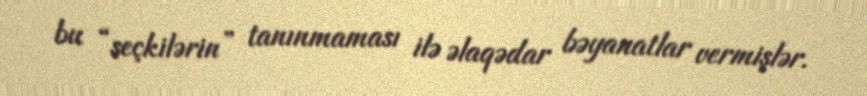
bu “seçkilərin” tanınmaması ilə əlaqədar bəyanatlar vermişlər.